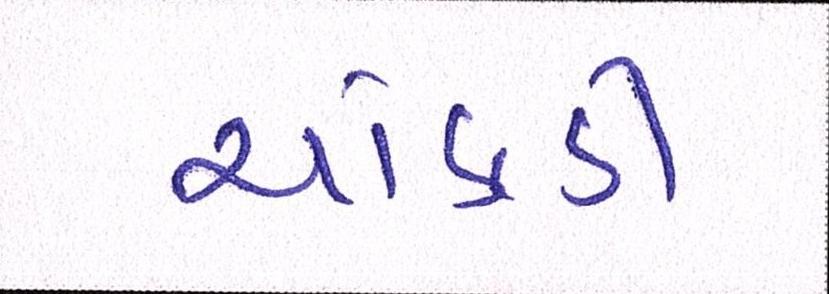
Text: ચોકડી